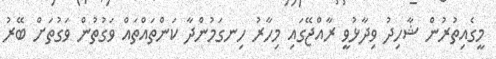
މީގެއިތުރުން ޝާހިދު ވިދާޅުވީ ރާއްޖޭގައި މިހާރު ހިނގަމުންދާ ކަންތައްތައް ވަގުތުން ވަގުތަށް ބޭރު